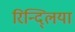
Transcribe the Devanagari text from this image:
रिन्द्लिया